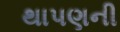
થાપણની